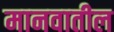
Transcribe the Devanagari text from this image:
मानवातील